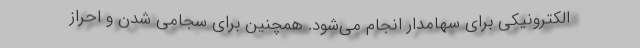
الکترونیکی برای سهامدار انجام می‌شود. همچنین برای سجامی شدن و احراز